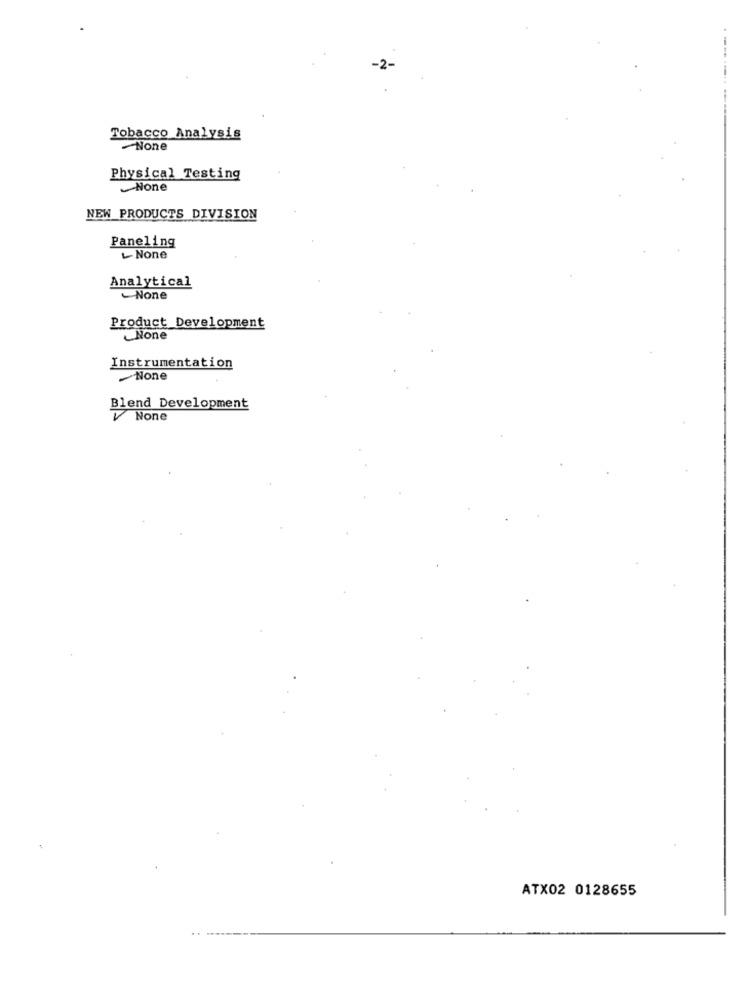
-2-
-----
Tobacco Analysis
-None
Physical Testing
~None
NEW PRODUCTS DIVISION
Paneling
Analytical
- None
Product Development
Instrumentation
Blend Development
ATX02 0128655